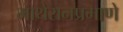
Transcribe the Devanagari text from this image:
माथेरानप्रमाणे